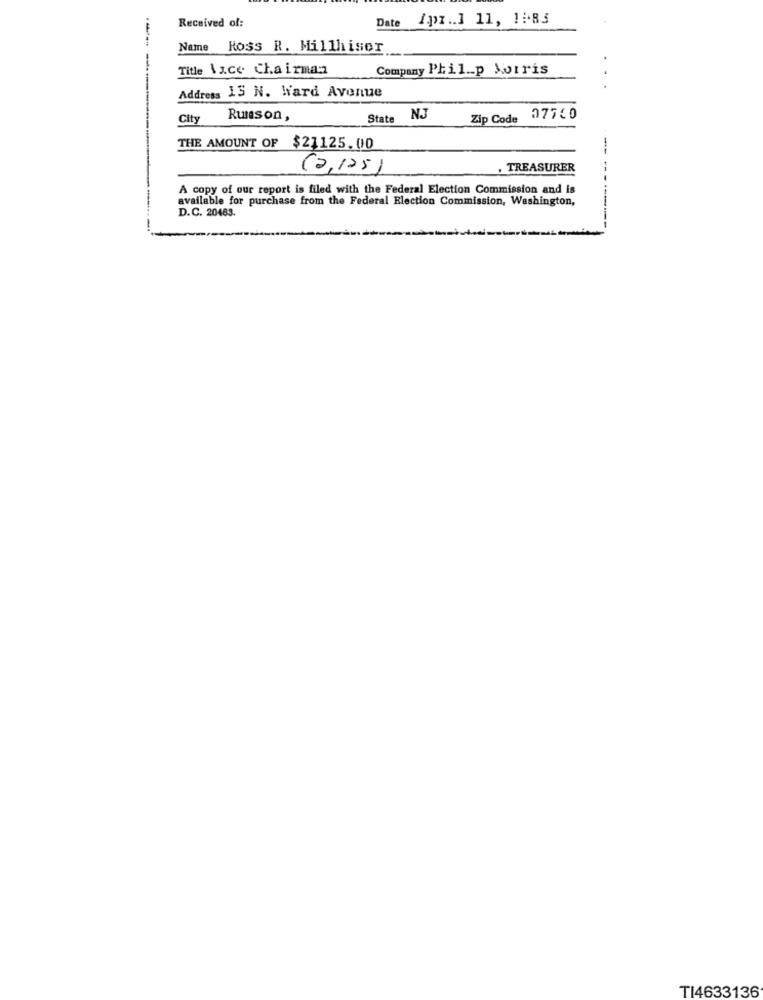
Date 1px .. ] 11, 1:83
Received of:
Name
Ross R. Millhiser
-
Title Vice Chairman
Company Phil __ p Sotris
Address 13 N. Ward Avenue
City
Runeson ,
State
NJ
Zip Code
07760
THE AMOUNT OF $21125.00
-
(2,125)
. TREASURER
A copy of our report is filed with the Federal Election Commission and is
available for purchase from the Federal Election Commission, Washington,
D.C. 20483.
TI4633136